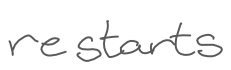
Text: restarts
Cross-out: clean
Writing tool: digital_gray